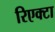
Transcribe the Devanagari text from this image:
रिएक्टा